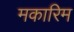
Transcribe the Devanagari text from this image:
मकारिम